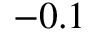
- 0 . 1